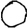
Digit: 0